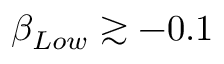
\beta _ { L o w } \gtrsim - 0 . 1